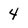
Character: 4